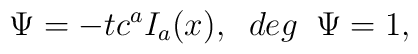
\Psi =-tc^a I_{a} (x) , \;\;deg\;\;\Psi =1,